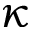
\kappa